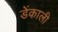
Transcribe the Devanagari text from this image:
डेंकाली